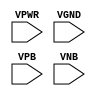
module sky130_fd_sc_hd__tapvgnd (
    VPWR,
    VGND,
    VPB ,
    VNB
);

    // Module ports
    input VPWR;
    input VGND;
    input VPB ;
    input VNB ;
     // No contents.
endmodule